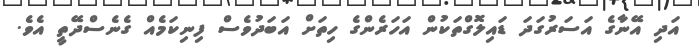
އަދި އޭނާގެ އަސަރުގަދަ ޑައިލޮގްތަކުން އަހަރެންގެ ހިތަށް އަބަދުވެސް ފިނިކަމެއް ގެނެސްދޭތީ އެވެ.